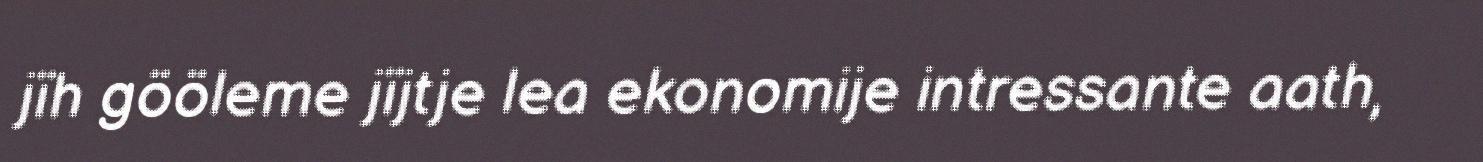
jïh gööleme jïjtje lea ekonomije intressante aath,